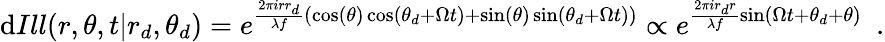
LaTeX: \mathrm{d}Ill(r,\theta,t|r_{d},\theta_{d})=e^{\frac{2\pi irr_{d}}{\lambda f}(\cos(\theta)\cos(\theta_{d}+\Omega t)+\sin(\theta)\sin(\theta_{d}+\Omega t))}\propto e^{\frac{2\pi ir_{d}r}{\lambda f}\sin(\Omega t+\theta_{d}+\theta)}\ \ .